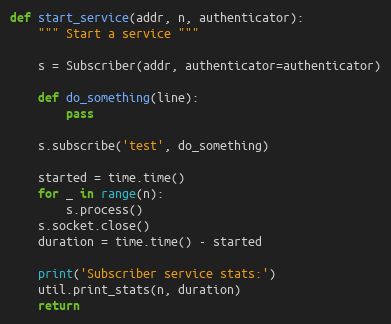
Language: Python
def start_service(addr, n, authenticator):
    """ Start a service """

    s = Subscriber(addr, authenticator=authenticator)

    def do_something(line):
        pass

    s.subscribe('test', do_something)

    started = time.time()
    for _ in range(n):
        s.process()
    s.socket.close()
    duration = time.time() - started

    print('Subscriber service stats:')
    util.print_stats(n, duration)
    return